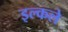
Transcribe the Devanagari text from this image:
इल्कले